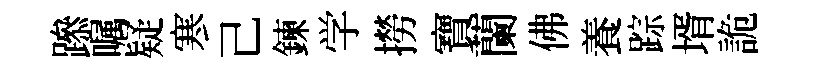
𨅶嘱疑寒己鍊学撈寶蘭佛養踪壻詭